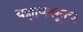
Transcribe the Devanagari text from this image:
यज्ञापासूनच